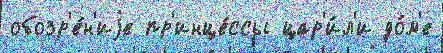
обозр'е́н'иjе пр'инце́ссы цар'и́л'и до́м'е